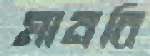
মানবি